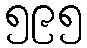
၅၉၅